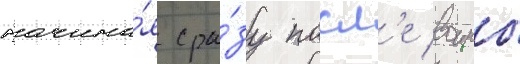
начина́я сра́зу посл'е воины